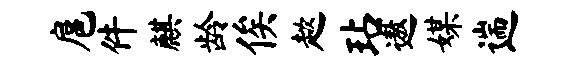
扈件麒龄俟趑玷遨媒遄